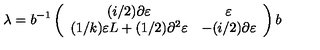
\lambda = b ^ { - 1 } \left( \begin{array} { c c } { ( i / 2 ) \partial \varepsilon } & { \varepsilon } \\ { ( 1 / k ) \varepsilon L + ( 1 / 2 ) \partial ^ { 2 } \varepsilon } & { - ( i / 2 ) \partial \varepsilon } \\ \end{array} \right) b